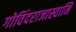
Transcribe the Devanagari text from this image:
गोविंदराजास्वामि